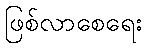
ဖြစ်လာစေရေး